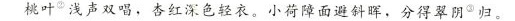
桃叶^{②}浅声双唱，杏红深色轻衣。小荷障面避斜晖，分得翠阴^{③}归。